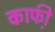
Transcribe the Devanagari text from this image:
काफी़